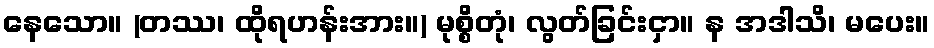
နေသော။ (တဿ၊ ထိုရဟန်းအား။) မုစ္စိတုံ၊ လွတ်ခြင်းငှာ။ န အဒါသိ၊ မပေး။